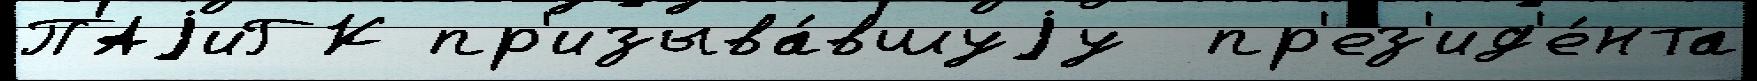
ПАjиГК пр'изыва́вшуjу  пр'ез'ид'е́нта